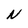
Character: N